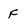
Character: F